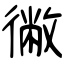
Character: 徶